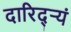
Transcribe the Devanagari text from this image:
दारिद्ऱ्यं